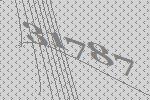
31787